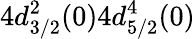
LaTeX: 4d_{3/2}^{2}(0)4d_{5/2}^{4}(0)